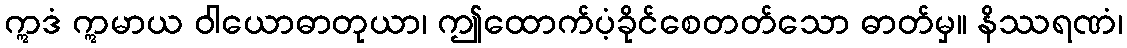
ဣဒံ ဣမာယ ဝါယောဓာတုယာ၊ ဤထောက်ပံ့ခိုင်စေတတ်သော ဓာတ်မှ။ နိဿရဏံ၊